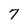
Character: 7